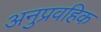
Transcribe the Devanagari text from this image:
अनुप्रवहिक